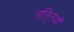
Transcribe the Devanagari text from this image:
पति्तयाँ